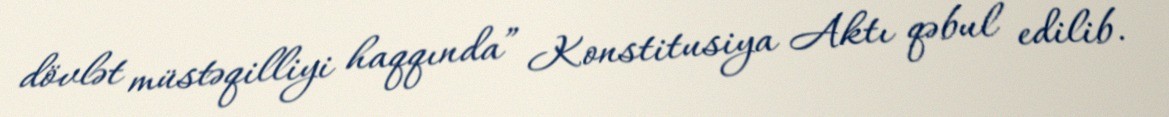
dövlət müstəqilliyi haqqında” Konstitusiya Aktı qəbul edilib.